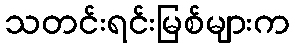
သတင်းရင်းမြစ်များက